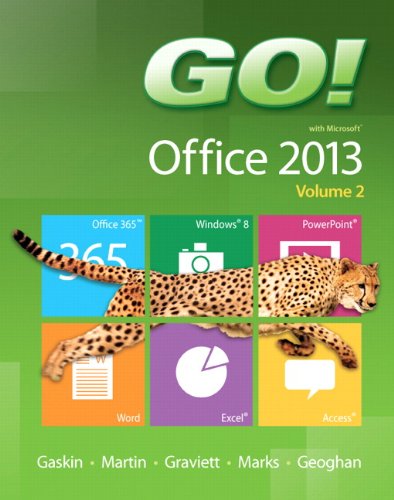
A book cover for GO! with Microsoft Office 2013  Volume 2; Shelley Gaskin; Computers & Technology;